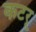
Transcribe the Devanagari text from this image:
कटर्‌